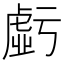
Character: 𧇊